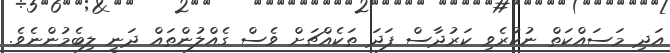
އަދި މަސައްކަތް ނުކުރެވި ކަރުދާސް ފަދަ ތަކެއްޗަށް ވެސް ގެއްލުންތައް ދަނީ ލިބެމުންނެވެ.